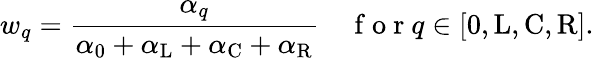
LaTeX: w_{q}=\frac{\alpha_{q}}{\alpha_{0}+\alpha_{\mathrm{L}}+\alpha_{\mathrm{C}}+\alpha_{\mathrm{R}}}\quad\mathrm{~f~o~r~}q\in[\mathrm{0,L,C,R}].